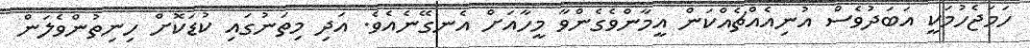
ހަމަޖެހުމަކީ އަބަދުވެސް އުނިއެއްޗެއްކަން އީމާންވެގެންވާ މީހާއަށް އެނގޭނެއެވެ. އަދި މިތަނުގައި ކުޑަކޮށް ހިނިތުންވެލަން